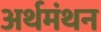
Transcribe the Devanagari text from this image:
अर्थमंथन